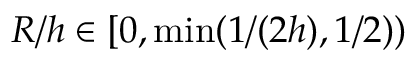
R / h \in [ 0 , \operatorname* { m i n } ( 1 / ( 2 h ) , 1 / 2 ) )